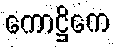
ကောဋ္ဌိကေ